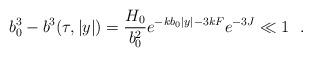
LaTeX: \begin{align*}b_0^3-b^3(\tau,|y|)=\frac{H_0}{b_0^2}e^{-kb_0|y|-3kF}e^{-3J}\ll 1~~.\end{align*}